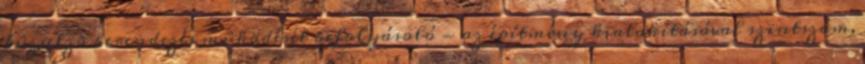
tûzjelzõ berendezés mûködését befolyásoló - az építmény kialakításával szintszám,